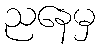
ညနေမှ